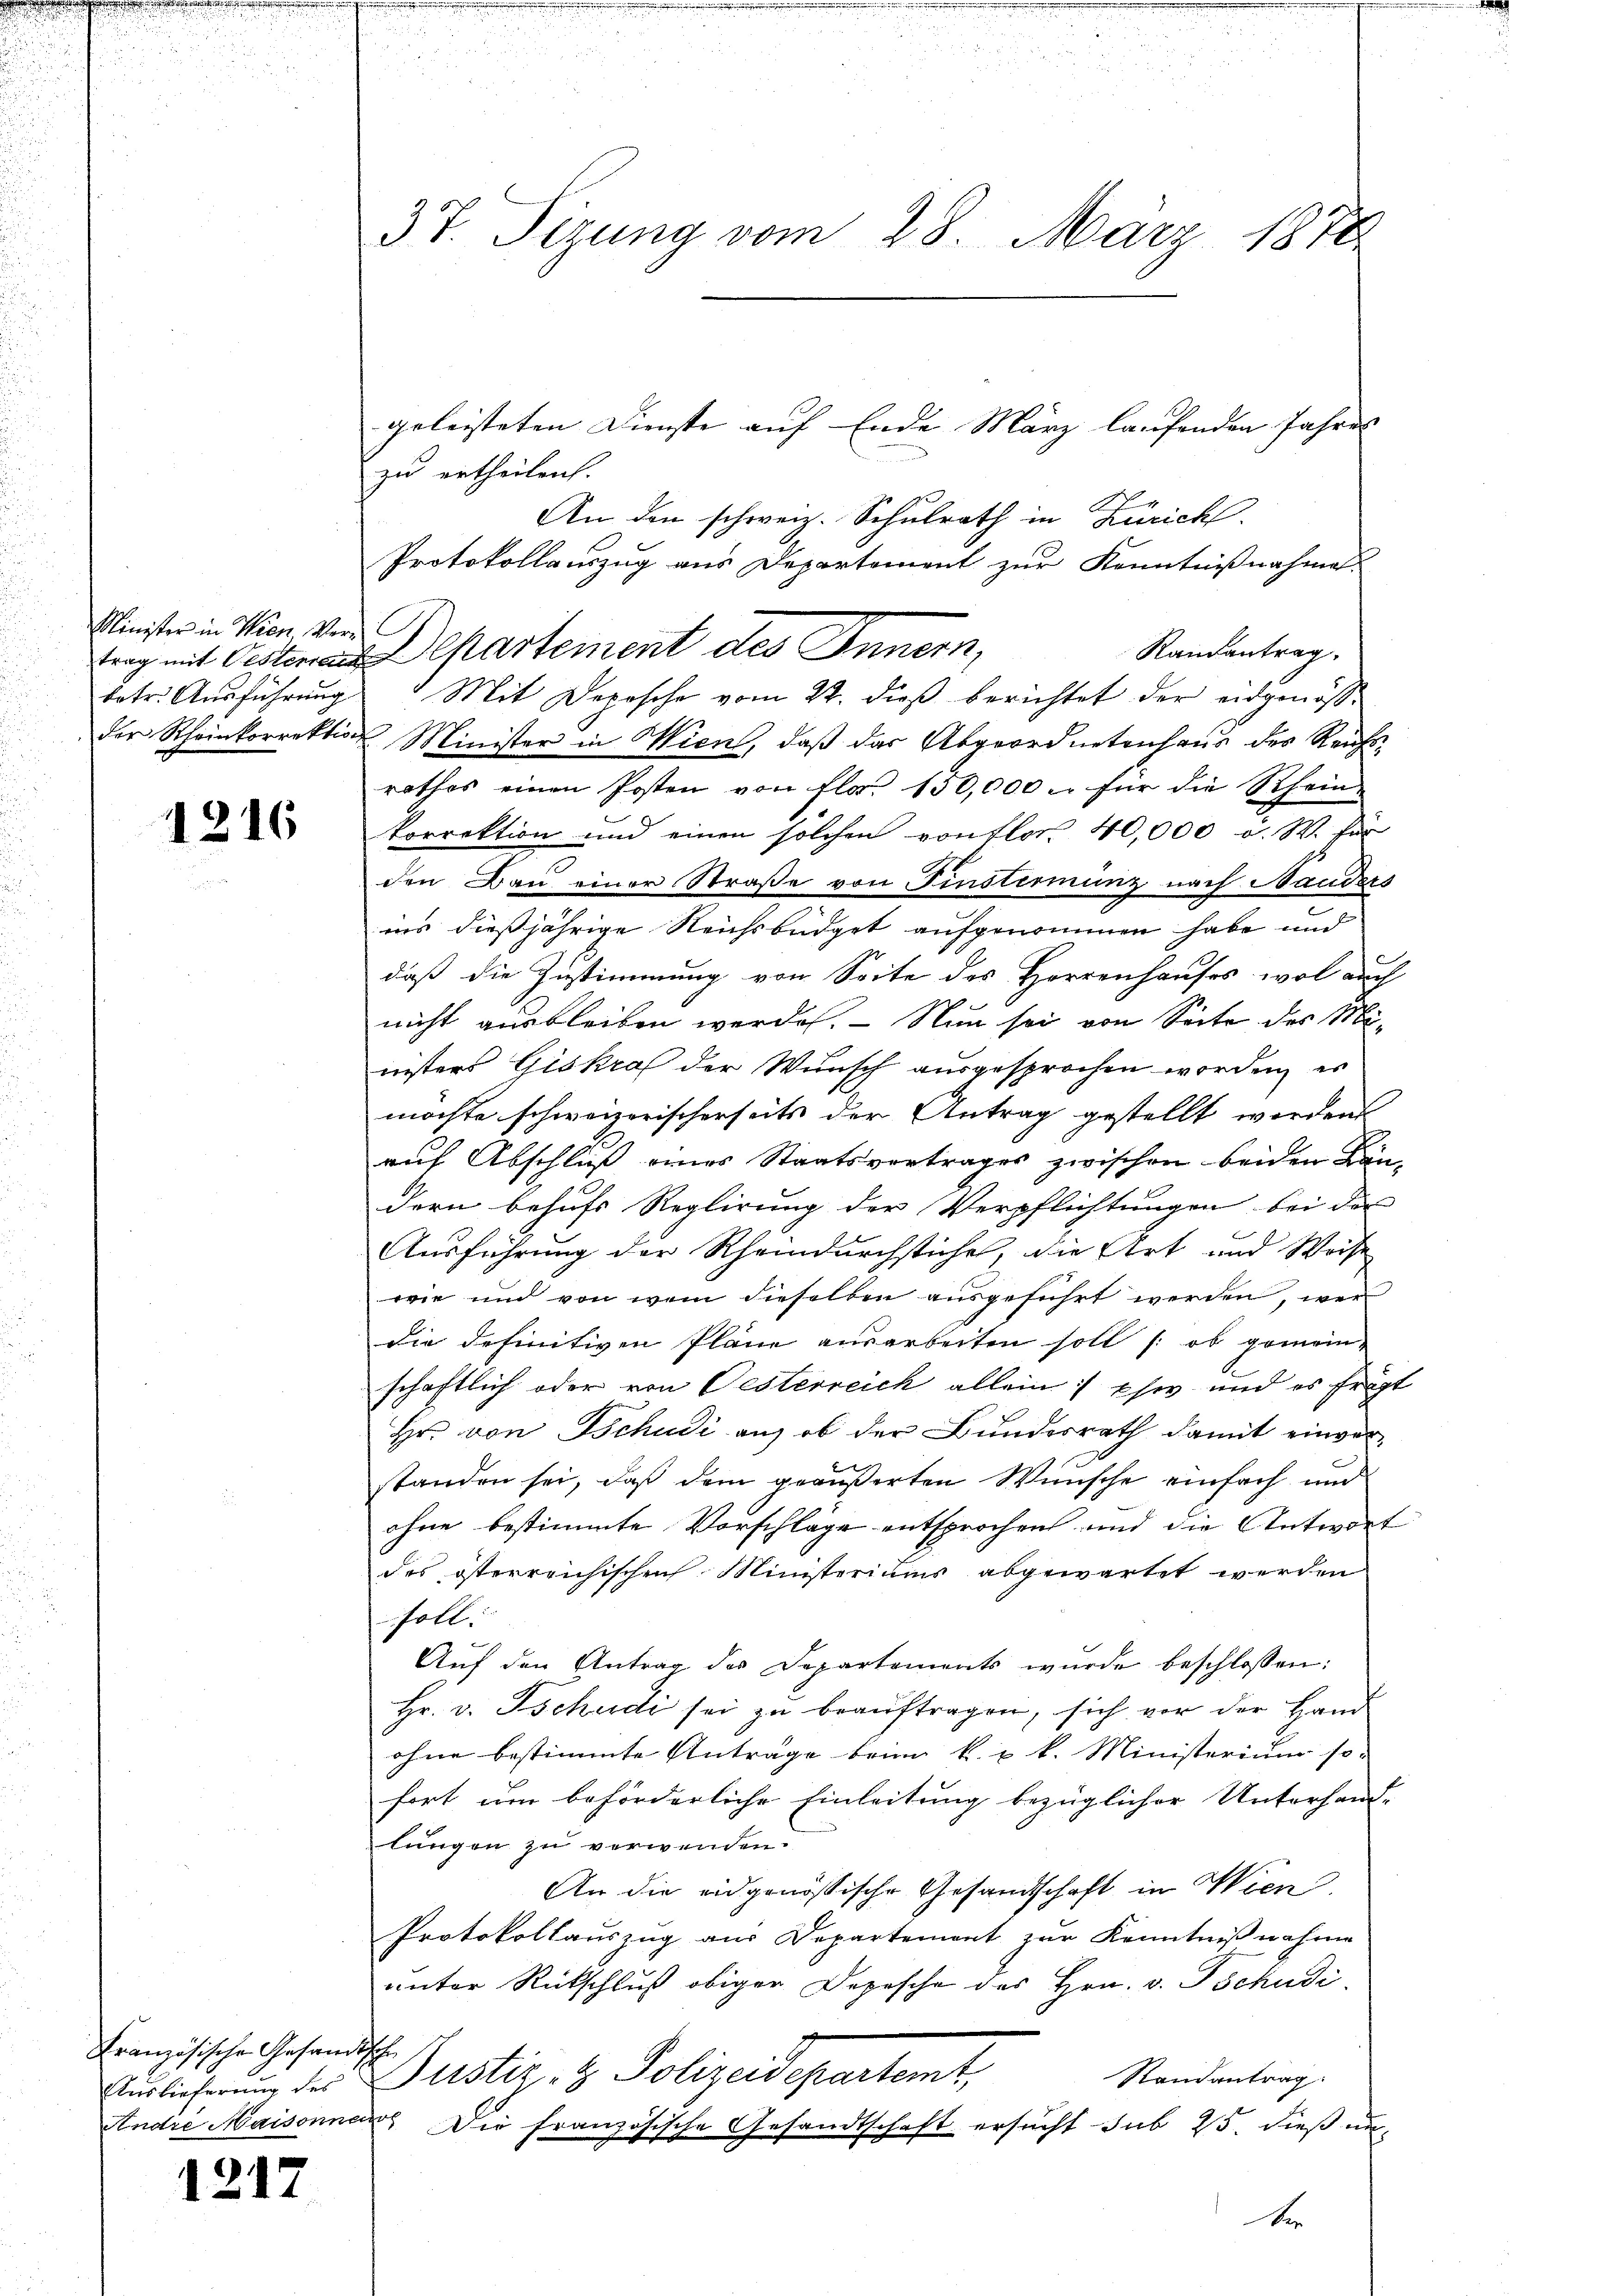
u

Minister in Wien, Verbetr. Ausführung
der Rheinkorrektion

1216

Französischen Gesandt
Auslieferung des

1217

n
u
37. Sizung vom 28. März 1878

G

geleisteten Dienste auf Ende März laufenden Jahres |
zu ertheilen.
An den schweiz. Schulrath in Zürich.
Protokollauszug aus Departement zur Kenntnißnahme
Randantrag
trag mit Oesteriant partement des Innern,
) Mit Deposche vom 22. dieß berichtet der eidgenös¬
Minister in Wien, daß das Abgeordnetenhaus des Reichsrathes einen Posten von flor 150,000 u. für die Rhein-
korrektion und einen solchen von flor 40,000 u. W. für
den Bau einer Straße von Finsterminz nach Handers
ins dießjährige Reichsbüdget aufgenommen habe und
6
daß die Zustimmung von Seite des Herrenhauses wol auch
nicht ausbleiben werden. - Nun sei von Seite des Ministers Giskraf der Wunsch ausgesprochen worden, es
möchte schweizerischerseits der Antrag gestellt werden
auf Abschluß eines Staatsvertrages zwischen beiden Bändern behufs Reglirung der Verpflichtungen bei der
Ausführung der Rheindurchstichel, die Art und Weise
wie und von wem dieselben ausgeführt werden, wer
die definitiven Pläne ausarbeiten soll (ob gemein-
schaftlich oder von Oesterreich allein Ehe und es früht
Hr. von Tschudi auf ob der Bundesrath damit einverstanden sei, daß dem geäußerten Wünsche einfach und
ohne bestimmte Vorschläge entsprochen und die Antwort
des österreichischen Ministeriums abgewartet werden
soll:
Aŭf den Antrag des Departements wurde beschlossen:
Hr. v. Tschudi sei zu beaŭftragen, sich vor der Hand
ohne bestimmte Anträge beim k. u. k. Ministerium so
fort um beförderliche Einleitung bezüglicher Unterhand-
lungen zu verwenden.
An die eidgenössische Gesandschaft in Wien,
Protokollauszug aus Departement zur Kenntnißnahme
unter Rückschluß obiger Depesche des Hrn. v. Tschudi
h
Justiz- & Polizeidepartamt,
Randantrag
Andre Maisonnen Die französische Gesandtschaft ersucht sub 25. dieß un¬
D